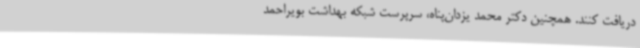
دریافت کنند. همچنین دکتر محمد یزدان‌پناه، سرپرست شبکه بهداشت بویراحمد